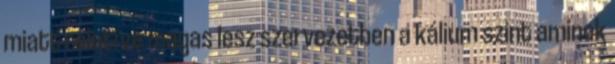
miatt relatíve magas lesz szervezetben a kálium szint aminek